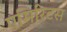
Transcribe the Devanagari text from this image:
एमिरिटस